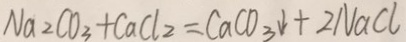
N a _ { 2 } C O _ { 3 } + C a C l _ { 2 } = C a C O _ { 3 } \downarrow + 2 N a C l